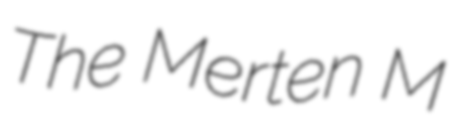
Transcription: The Merten M